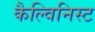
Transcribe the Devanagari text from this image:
कैल्विनिस्ट